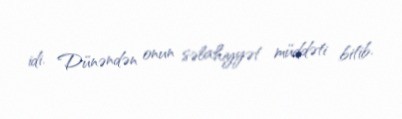
idi. Dünəndən onun səlahiyyət müddəti bitib.